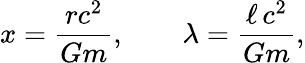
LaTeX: x=\frac{rc^{2}}{Gm},\qquad\lambda=\frac{\ell\, c^{2}}{Gm},